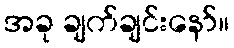
အခု ချက်ချင်းနော်။